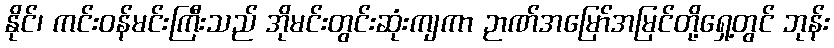
နိုင်၊ ကင်းဝန်မင်းကြီးသည် အိုမင်းတွင်းဆုံးကျကာ ဉာဏ်အမြော်အမြင်တို့ရှေ့တွင် ဘုန်း